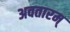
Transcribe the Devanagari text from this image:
अवतारम्